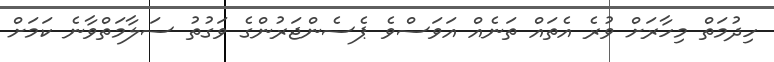
ހިދުމަތް މިހާރަށް ވުރެ އެތައް ތަނެއް އަވަސްވެ ޕެސެންޖަރުންގެ ވަގުތު ސަލާމަތްވާނެ ކަމަށް